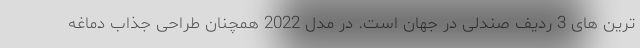
ترین های 3 ردیف صندلی در جهان است. در مدل 2022 همچنان طراحی جذاب دماغه